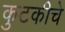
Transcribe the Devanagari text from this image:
कुटकीचे